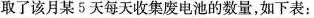
取了该月某5天每天收集废电池的数量，如下表：